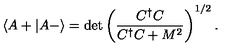
\langle A + | A - \rangle = \det \left( \frac { C ^ { \dagger } C } { C ^ { \dagger } C + M ^ { 2 } } \right) ^ { 1 / 2 } .